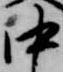
中